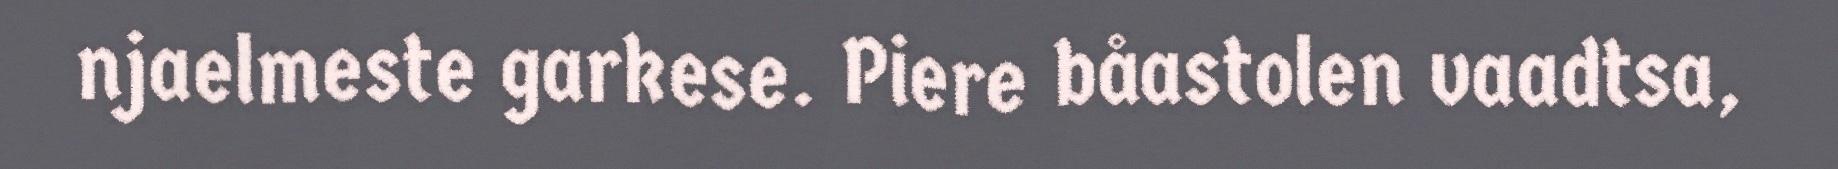
njaelmeste garkese. Piere båastolen vaadtsa,